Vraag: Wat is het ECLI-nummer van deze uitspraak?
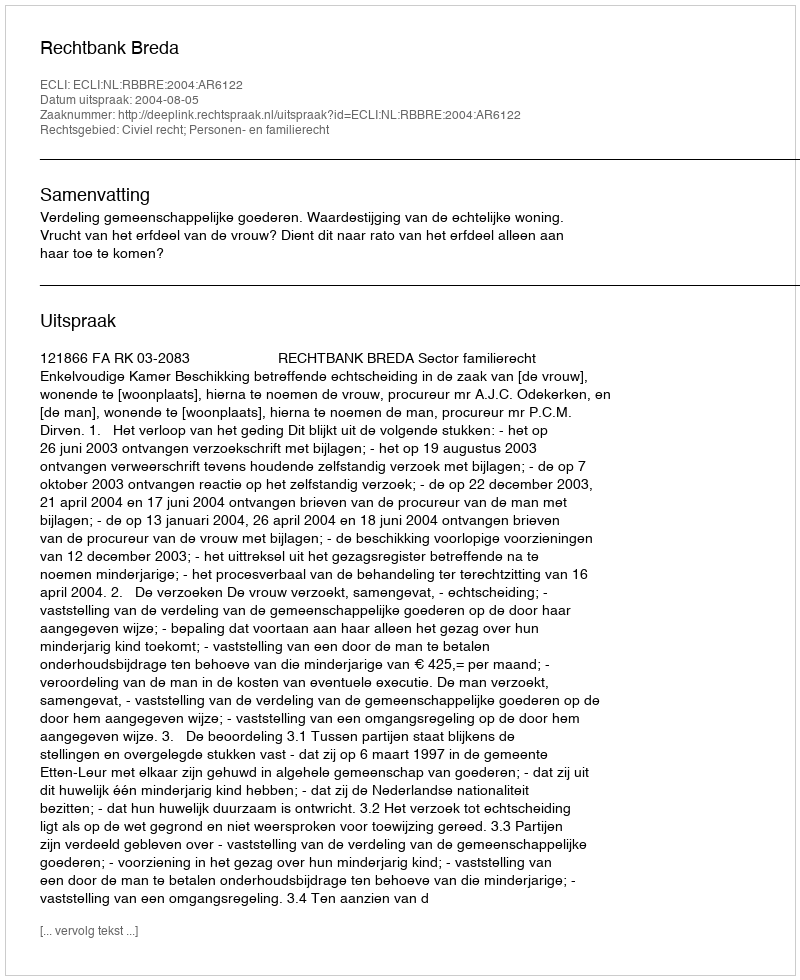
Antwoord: ECLI:NL:RBBRE:2004:AR6122